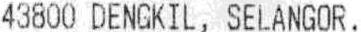
43800 DENGKIL, SELANGOR.